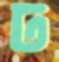
ঢ